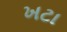
ખટા